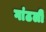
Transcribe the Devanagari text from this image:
गांठली